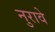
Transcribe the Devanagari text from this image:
नुरावे